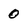
Character: 0